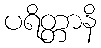
ပရိတ္တာနိ